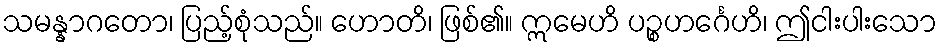
သမန္နာဂတော၊ ပြည့်စုံသည်။ ဟောတိ၊ ဖြစ်၏။ ဣမေဟိ ပဉ္စဟင်္ဂေဟိ၊ ဤငါးပါးသော